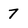
Character: 7